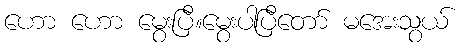
ဟော ဟော မွေးပြီ။မွေးပါပြီတော် မအေးသွယ်